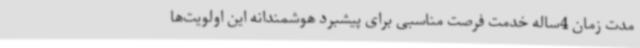
مدت زمان 4ساله خدمت فرصت مناسبی برای پیشبرد هوشمندانه این اولویت‌ها